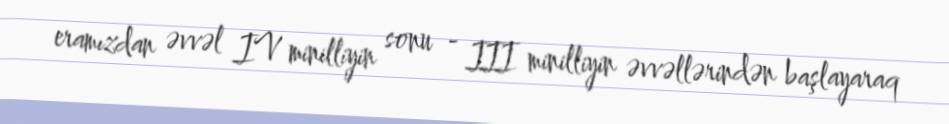
eramızdan əvvəl IV minilliyin sonu - III minilliyin əvvəllərindən başlayaraq